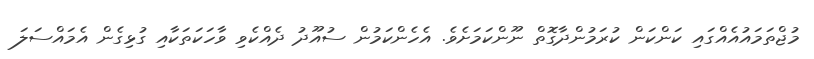
މުޖްތަމައުއެއްގައި ކަންކަން ކުރަމުންދާގޮތް ނޫންކަމަށެވެ. އެހެންކަމުން ސުއޫދު ދެއްކެވި ވާހަކަތަކާއި ގުޅިގެން އެމައްސަލަ